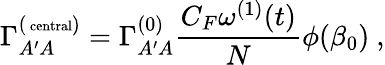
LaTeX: \Gamma_{A^{\prime}A}^{(\mathrm{\scriptsize~{central}})}=\Gamma_{A^{\prime}A}^{(0)}\frac{C_{F}\omega^{(1)}(t)}{N}\phi(\beta_{0})~,